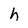
Character: h